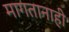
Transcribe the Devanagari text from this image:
मागतानाही